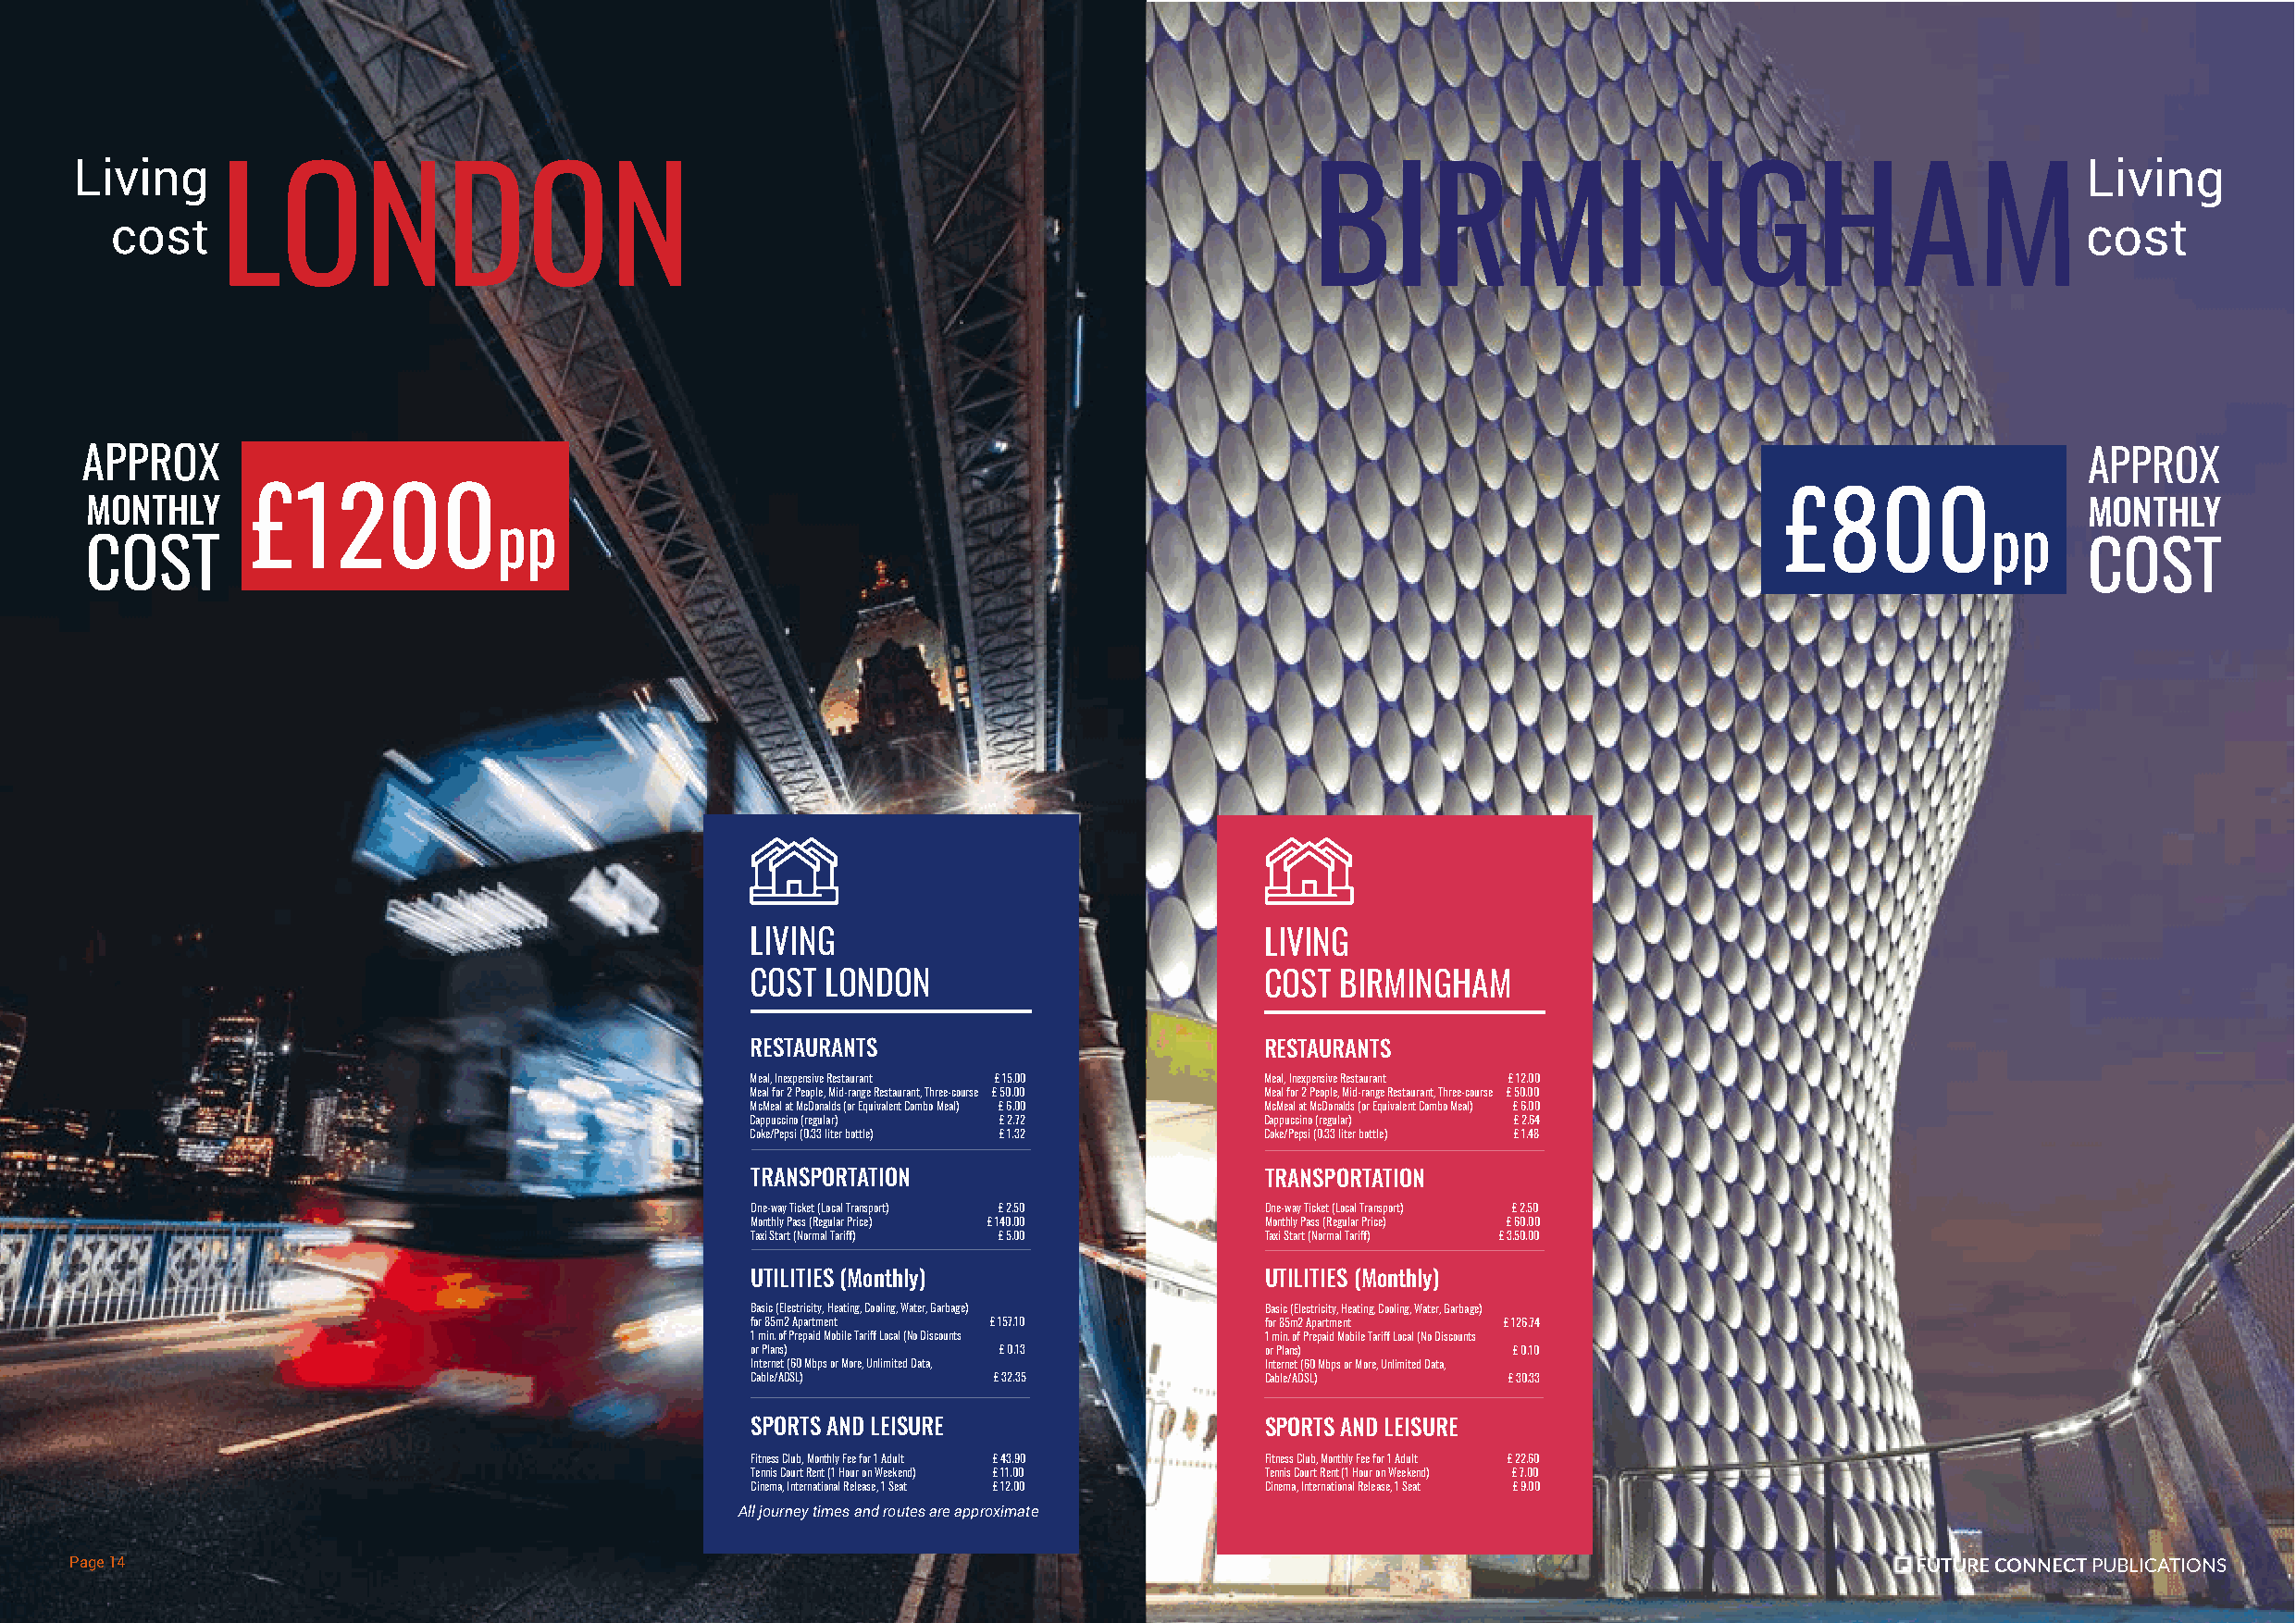
Living                                                                                                                                          Living
 LONDON                                                                        BIRMINGHAM
 cost                                                                                                                                         cost
 APPROX                                                                                                                                         APPROX
 MONTHLY     £1200                                                                                                         £800                 MONTHLY
 pp                                                                                                        pp
 COST                                                                                                                                           COST
 LIVING                              LIVING
 COST LONDON                         COST  BIRMINGHAM
 RESTAURANTS                         RESTAURANTS
 Meal, Inexpensive Restaurant £ 15.00 Meal, Inexpensive Restaurant £ 12.00
 Meal for 2 People, Mid-range Restaurant, Three-course £ 50.00 Meal for 2 People, Mid-range Restaurant, Three-course £ 50.00
 McMeal at McDonalds (or Equivalent Combo Meal) £ 6.00 McMeal at McDonalds (or Equivalent Combo Meal) £ 6.00
 Cappuccino (regular) £ 2.72         Cappuccino (regular) £ 2.64
 Coke/Pepsi (0.33 liter bottle) £ 1.32 Coke/Pepsi (0.33 liter bottle) £ 1.48
 TRANSPORTATION                      TRANSPORTATION
 One-way Ticket (Local Transport) £ 2.50 One-way Ticket (Local Transport) £ 2.50
 Monthly Pass (Regular Price) £ 140.00 Monthly Pass (Regular Price) £ 60.00
 Taxi Start (Normal Tariff) £ 5.00   Taxi Start (Normal Tariff) £ 3.50.00
 UTILITIES (Monthly)                 UTILITIES (Monthly)
 Basic (Electricity, Heating, Cooling, Water, Garbage) Basic (Electricity, Heating, Cooling, Water, Garbage)
 for 85m2 Apartment £ 157.10         for 85m2 Apartment £ 126.74
 1 min. of Prepaid Mobile Tariff Local (No Discounts 1 min. of Prepaid Mobile Tariff Local (No Discounts
 or Plans)        £ 0.13             or Plans)         £ 0.10
 Internet (60 Mbps or More, Unlimited Data, Internet (60 Mbps or More, Unlimited Data,
 Cable/ADSL)      £ 32.35            Cable/ADSL)       £ 30.33
 SPORTS AND LEISURE                  SPORTS AND LEISURE
 Fitness Club, Monthly Fee for 1 Adult £ 43.90 Fitness Club, Monthly Fee for 1 Adult £ 22.60
 Tennis Court Rent (1 Hour on Weekend) £ 11.00 Tennis Court Rent (1 Hour on Weekend) £ 7.00
 Cinema, International Release, 1 Seat £ 12.00 Cinema, International Release, 1 Seat £ 9.00
 All journey times and routes are approximate
 Page 14                                                                                                                             FUTURE CONNECT PUBLICATIONS